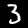
Digit: 3